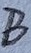
Text: B